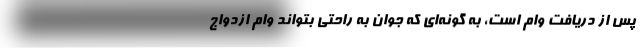
پس از دریافت وام است، به گونه‌ای که جوان به راحتی بتواند وام ازدواج